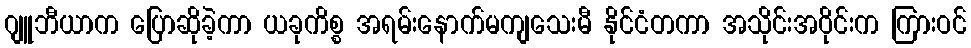
ဂျူဘီယာက ပြောဆိုခဲ့ကာ ယခုကိစ္စ အရမ်းနောက်မကျသေးမီ နိုင်ငံတကာ အသိုင်းအဝိုင်းက ကြားဝင်